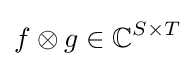
f\otimes g\in \mathbb {C} ^{S\times T}